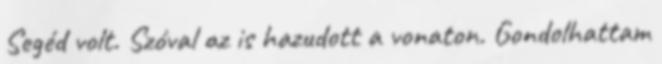
Segéd volt. Szóval az is hazudott a vonaton. Gondolhattam